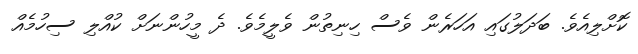
ކޮށްލިއެވެ. ބަދަލުގައި އަހަރެން ވެސް ހިނިތުން ވެލީމެވެ. ދެ މީހުންނަށް ކުއްލި ސިހުމެއް